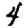
Digit: 4